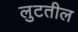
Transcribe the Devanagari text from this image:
लुटतील